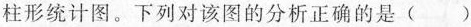
柱形统计图。下列对该图的分析正确的是( )